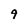
Character: 9